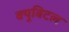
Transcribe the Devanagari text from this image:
क्युबिटल